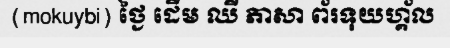
(mokuybi) ថ្ងៃ ដើម ឈី ភាសា ព័រទុយហ្គ័ល